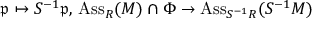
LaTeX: { \mathfrak { p } } \mapsto S ^ { - 1 } { \mathfrak { p } } , \, \operatorname { A s s } _ { R } ( M ) \cap \Phi \to \operatorname { A s s } _ { S ^ { - 1 } R } ( S ^ { - 1 } M )